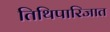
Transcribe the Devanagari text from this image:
तिथिपारिजात